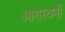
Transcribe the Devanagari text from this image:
आरास्वनी